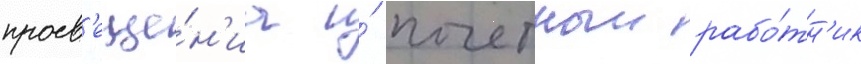
просв'еще́н'иа и́ почетныи рабо́тн'ик